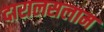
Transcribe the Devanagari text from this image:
दारालसलाम